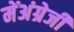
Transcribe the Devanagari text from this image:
मेंअंग्रेजी